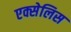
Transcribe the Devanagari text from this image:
एक्सेलिस